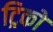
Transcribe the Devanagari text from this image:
ट्रिकों